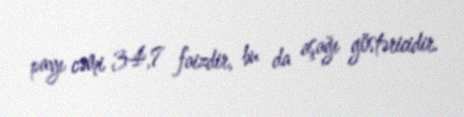
payı cəmi 34,7 faizdir, bu da aşağı göstəricidir.